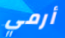
أرمي